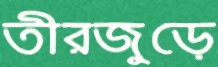
তীরজুড়ে